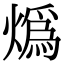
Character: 𤎶